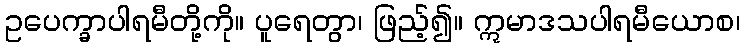
ဥပေက္ခာပါရမီတို့ကို။ ပူရေတွာ၊ ဖြည့်၍။ ဣမာဒသပါရမီယောစ၊